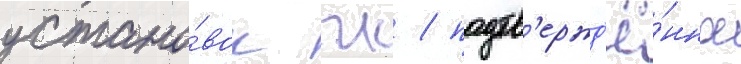
устано́вок гк / подтв'ержд'ё́нное